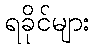
ရခိုင်များ